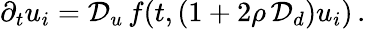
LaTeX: \begin{array}{r}{\partial_{t}u_{i}=\mathcal{D}_{u}\, f(t,(1+2\rho\, \mathcal{D}_{d})u_{i})\, .}\end{array}